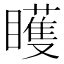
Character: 矆